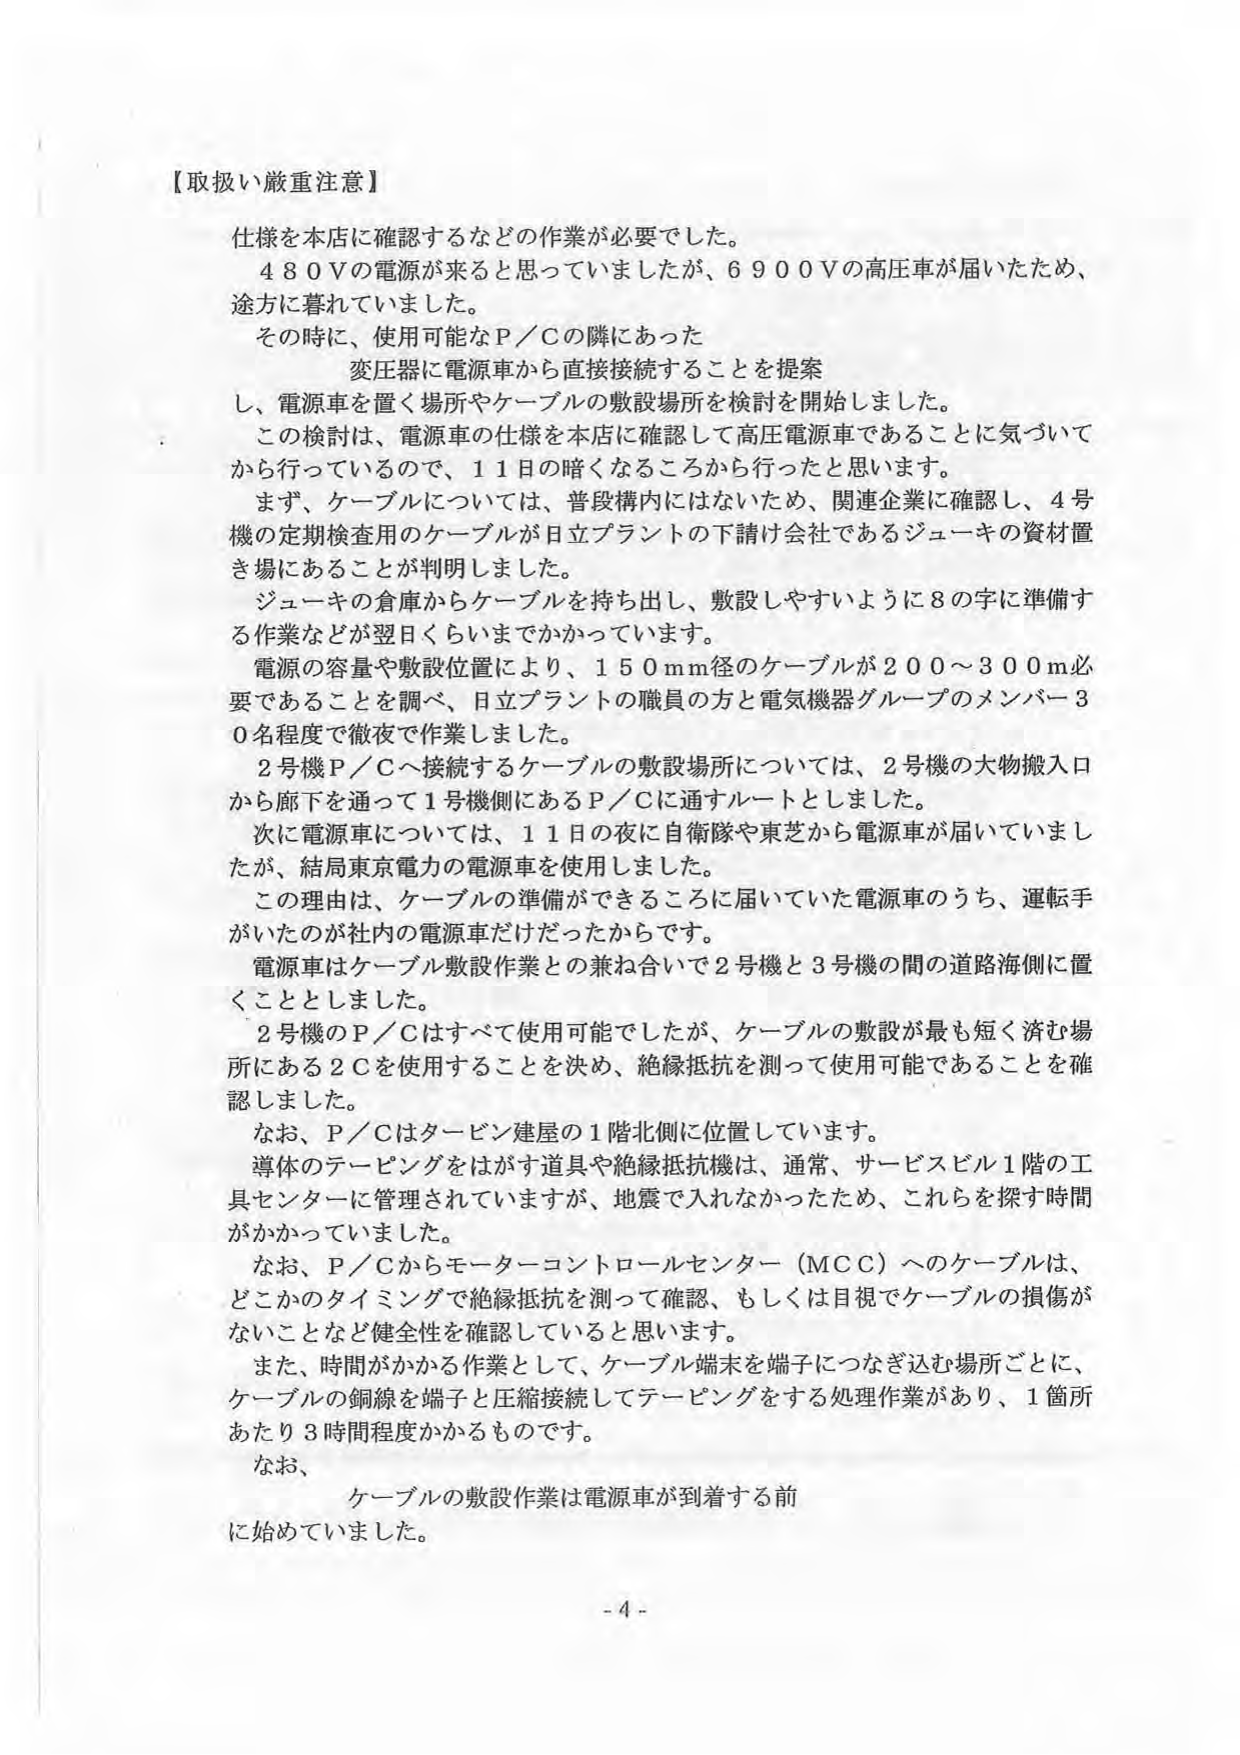
【取扱い厳重注意】

仕様を本店に確認するなどの作業が必要でした。
４８０Ｖの電源が来るとと思っていましたが、６９００Ｖの高圧車が届いたため、
途方に暮れていました。
その時に、使用可能なＰ／Ｃの隣にあった
変圧器に電源車から直接接続することを提案
し、電源車を置く場所やケーブルの敷設場所を検討を開始しました。
この検討は、電源車の仕様を本店に確認して高圧電源車であることに気づいて
から行っているので、１１日の暗くなるころから行ったと思います。
まず、ケーブルについては、普段構内にはないため、関連企業に確認し、４号
機の定期検査用のケーブルが日立プラントの下請け会社であるジューキの資材置
き場にあることが判明しました。
ジューキの倉庫からケーブルを持ち出し、敷設しやすいように８の字に準備す
る作業などが翌日くらいまでかかっています。
電源の容量や敷設位置により、１５０ｍｍ径のケーブルが２００～３００ｍ必
要であることを調べ、日立プラントの職員の方と電気機器グループのメンバー３
０名程度で徹夜で作業しました。
２号機Ｐ／Ｃへ接続するケーブルの敷設場所については、２号機の大物搬入口
から廊下を通って１号機側にあるＰ／Ｃに通すルートとしました。
次に電源車については、１１日の夜に自衛隊や東芝から電源車が届いていまし
たが、結局東京電力の電源車を使用しました。
この理由は、ケーブルの準備ができるころに届いていた電源車のうち、運転手
がいたのが社内の電源車だけだったからです。
電源車はケーブル敷設作業との兼ね合いで２号機と３号機の間の道路海側に置
くこととしました。
２号機のＰ／Ｃはすべて使用可能でしたが、ケーブルの敷設が最も短く済む場
所にある２Ｃを使用することを決め、絶縁抵抗を測って使用可能であることを確
認しました。
なお、Ｐ／Ｃはタービン建屋の１階北側に位置しています。
導体のテーピングをはがす道具や絶縁抵抗機は、通常、サービスビル１階の工
具センターに管理されていますが、地震で入れなかったため、これらを探す時間
がかかっていました。
なお、Ｐ／Ｃからモーターコントロールセンター（ＭＣＣ）へのケーブルは、
どこかのタイミングで絶縁抵抗を測って確認、もしくは目視でケーブルの損傷が
ないことなど健全性を確認していると思います。
また、時間がかかる作業として、ケーブル端末を端子につなぎ込む場所ごとに、
ケーブルの銅線を端子と圧縮接続してテーピングをする処理作業があり、１箇所
あたり３時間程度かかるものです。
なお、
ケーブルの敷設作業は電源車が到着する前
に始めていました。

- 4 -